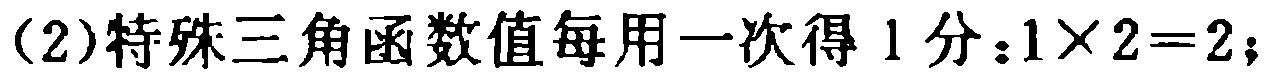
(2)特殊三角函数值每用一次得1分：$1\times 2 = 2$；